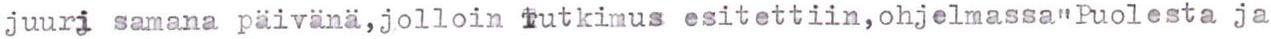
juuri samana päivänä,jolloin Tutkimus esitettiin,ohjelmassa"Puolesta ja